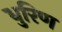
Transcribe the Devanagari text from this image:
धुरिण